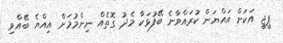
ޕީޖީ އަކަށް އައްޔަން ކުރައްވާނެ ބޭފުޅަކާ މެދު ގޮތެއް ނިންމުމަށް އިއްޔެ ބޭއްވި